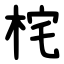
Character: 㭦